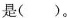
是( )。